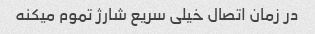
در زمان اتصال خیلی سریع شارژ تموم میکنه